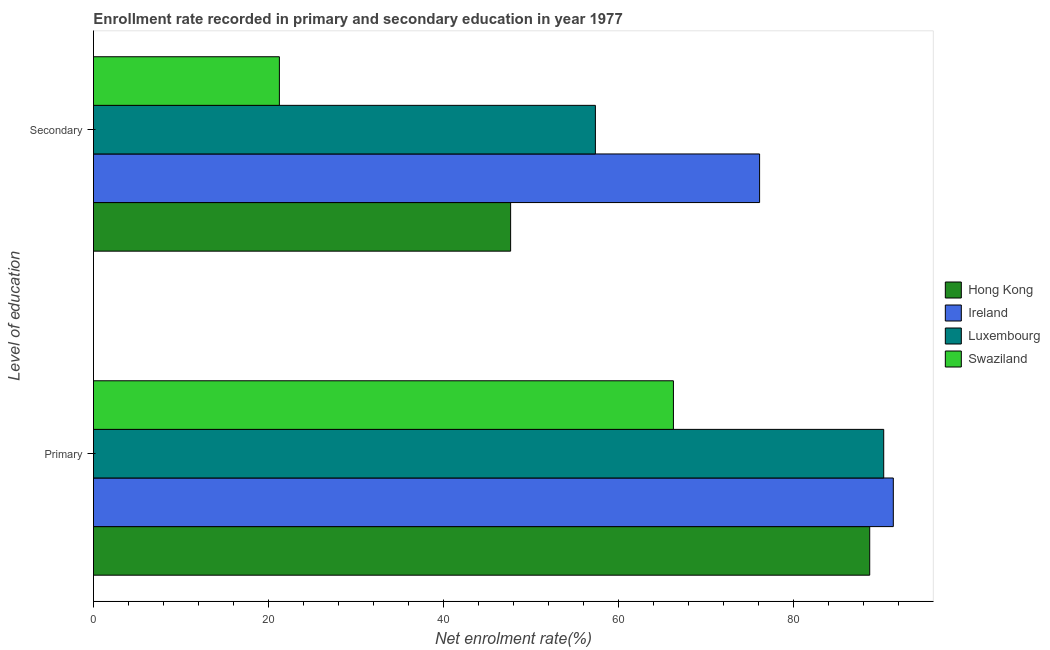
| Level of education | Hong Kong | Ireland | Luxembourg | Swaziland |
 | --- | --- | --- | --- | --- |
 | Primary | 88.7 | 91.4 | 90.3 | 66.3 |
 | Secondary | 47.7 | 76.1 | 57.4 | 21.2 |